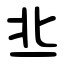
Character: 丠